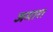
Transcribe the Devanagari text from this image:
जमारा